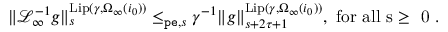
\begin{array} { r } { \rVert \mathcal { L } _ { \infty } ^ { - 1 } g \rVert _ { s } ^ { \mathrm { L i p } ( \gamma , \Omega _ { \infty } ( i _ { 0 } ) ) } \le _ { \mathtt { p e } , s } \gamma ^ { - 1 } \rVert g \rVert _ { s + 2 \tau + 1 } ^ { \mathrm { L i p } ( \gamma , \Omega _ { \infty } ( i _ { 0 } ) ) } , \mathrm { ~ f o r ~ a l l ~ s \ge ~ 0 ~ . } } \end{array}